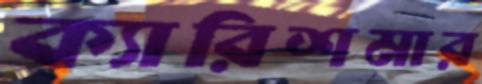
ক্যারিশমার